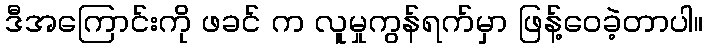
ဒီအကြောင်းကို ဖခင် က လူမှုကွန်ရက်မှာ ဖြန့်ဝေခဲ့တာပါ။